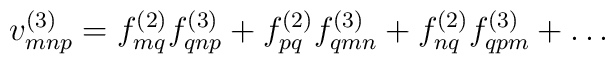
v^{(3)}_{mnp} = f^{(2)}_{mq}f^{(3)}_{qnp} + f^{(2)}_{pq} f^{(3)}_{qmn}+ f^{(2)}_{nq} f^{(3)}_{qpm} + \ldots